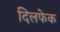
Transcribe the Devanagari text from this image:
दिलफेक